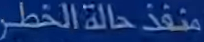
منفذ حالة الخطر